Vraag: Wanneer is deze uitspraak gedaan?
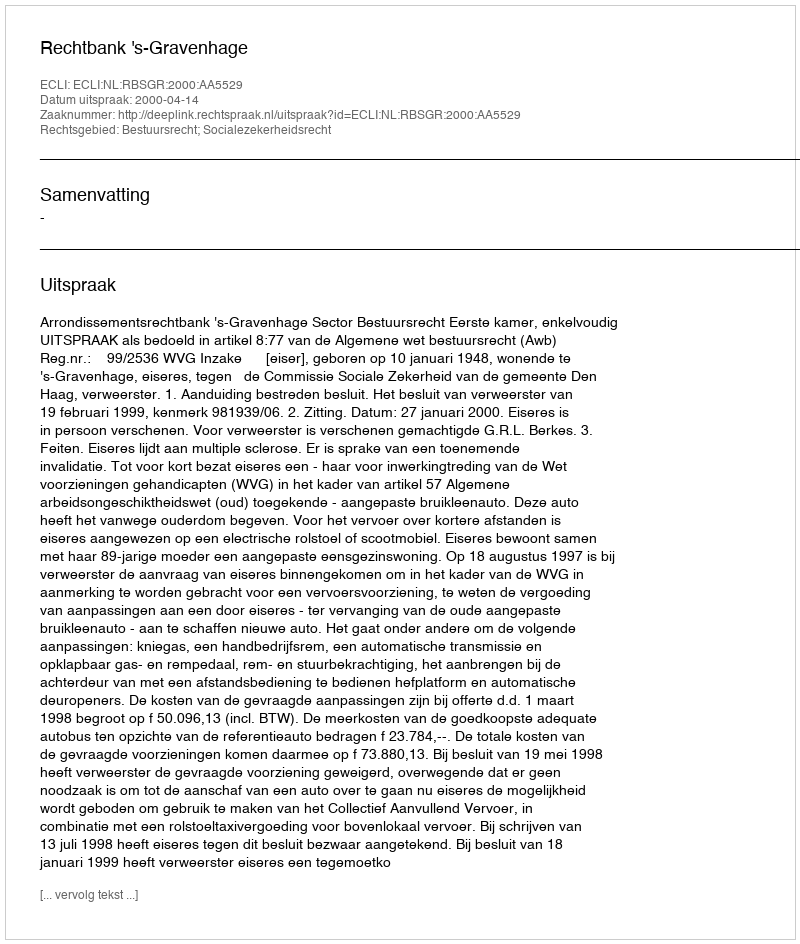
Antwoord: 2000-04-14